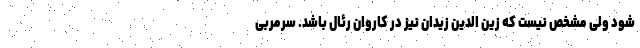
شود ولی مشخص نیست که زین الدین زیدان نیز در کاروان رئال باشد. سرمربی